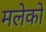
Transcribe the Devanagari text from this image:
मलेको